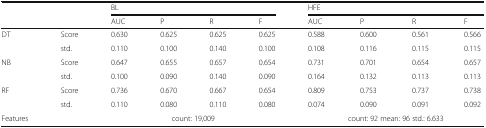
<table><thead><tr><td rowspan="2" colspan="2"></td><td colspan="4"><b>BL</b></td><td colspan="4"><b>HFE</b></td></tr><tr><td><b>AUC</b></td><td><b>P</b></td><td><b>R</b></td><td><b>F</b></td><td><b>AUC</b></td><td><b>P</b></td><td><b>R</b></td><td><b>F</b></td></tr></thead><tbody><tr><td rowspan="2">DT</td><td>Score</td><td>0.630</td><td>0.625</td><td>0.625</td><td>0.625</td><td>0.588</td><td>0.600</td><td>0.561</td><td>0.566</td></tr><tr><td>std.</td><td>0.110</td><td>0.100</td><td>0.140</td><td>0.100</td><td>0.108</td><td>0.116</td><td>0.115</td><td>0.115</td></tr><tr><td rowspan="2">NB</td><td>Score</td><td>0.647</td><td>0.655</td><td>0.657</td><td>0.654</td><td>0.731</td><td>0.701</td><td>0.654</td><td>0.657</td></tr><tr><td>std.</td><td>0.100</td><td>0.090</td><td>0.140</td><td>0.090</td><td>0.164</td><td>0.132</td><td>0.113</td><td>0.113</td></tr><tr><td rowspan="2">RF</td><td>Score</td><td>0.736</td><td>0.670</td><td>0.667</td><td>0.654</td><td>0.809</td><td>0.753</td><td>0.737</td><td>0.738</td></tr><tr><td>std.</td><td>0.110</td><td>0.080</td><td>0.110</td><td>0.080</td><td>0.074</td><td>0.090</td><td>0.091</td><td>0.092</td></tr><tr><td>Features</td><td></td><td colspan="4">count: 19,009</td><td colspan="4">count: 92 mean: 96 std.: 6.633</td></tr></tbody></table>